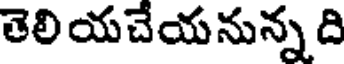
తెలి యచేయనున్న ది